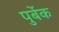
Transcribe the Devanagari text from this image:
पुर्बेक